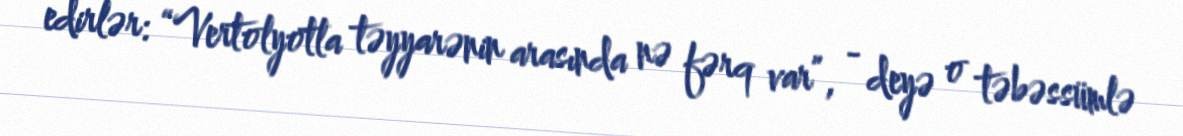
edirlər: “Vertolyotla təyyarənin arasında nə fərq var”, - deyə o təbəssümlə